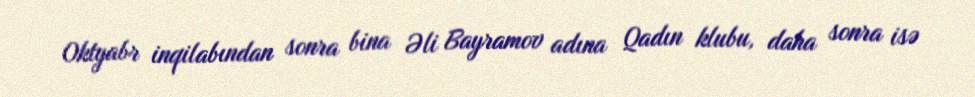
Oktyabr inqilabından sonra bina Əli Bayramov adına Qadın klubu, daha sonra isə